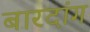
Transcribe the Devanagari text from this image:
बारदांग